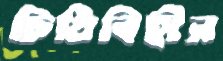
চিঠিবিহীন